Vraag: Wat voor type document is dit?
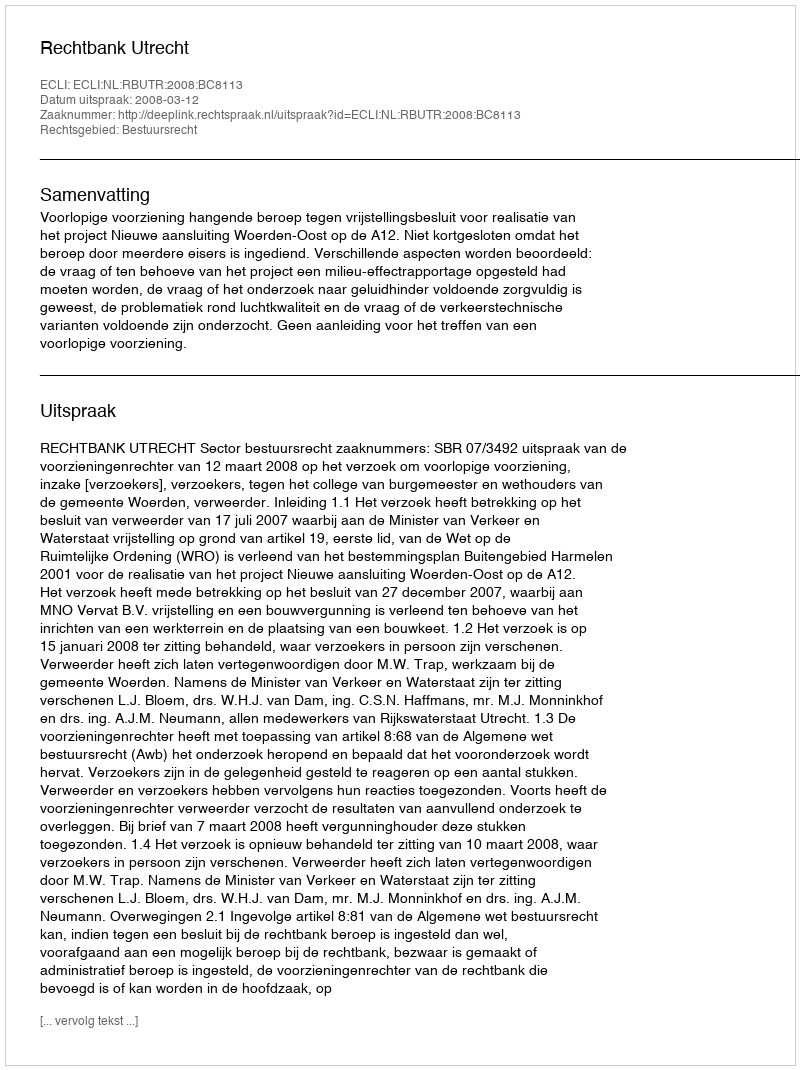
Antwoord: Uitspraak